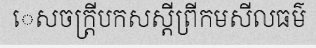
េសចក្ត្រីបកសស្តីព្រីកមសីលធម៌